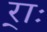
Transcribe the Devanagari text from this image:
र्‍ाः